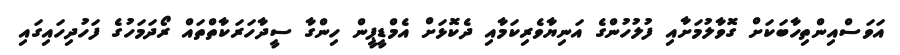
އަވަސްއިންތިހާބަކަށް ގޮވާލުމަށާއި ފުލުހުންގެ އަނިޔާވެރިކަމާއި ދެކޮޅަށް އެމްޑީޕީން ހިންގާ ސީދާހަރަކާތްތައް ރޯދަމަހުގެ ފަހުދިހައިގައި